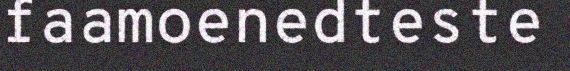
faamoenedteste